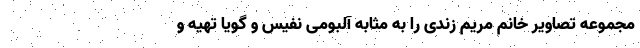
مجموعه تصاویر خانم مریم زندی را به مثابه آلبومی نفیس و گویا تهیه و